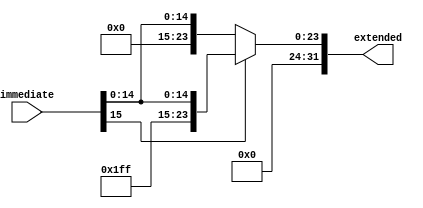
`timescale 1ns / 1ps
//////////////////////////////////////////////////////////////////////////////////
// Company: 
// Engineer: 
// 
// Design Name: 
// Module Name:    sign_extend 
// Project Name: 
// Target Devices: 
// Tool versions: 
// Description: 
//
// Dependencies: 
//
// Revision: 
// Revision 0.01 - File Created
// Additional Comments: 
//
//////////////////////////////////////////////////////////////////////////////////
module sign_extend16#(parameter WIDTH = 16)
	(input [WIDTH-1:0] immediate,
	 output [(WIDTH*2)-1:0] extended);

   //sign extend our 16 bit immediate to a 32 bit immediate 
	assign extended = (immediate[WIDTH-1]) ? {16'hff,immediate} : {16'h00,immediate}; 
	

	
																	

endmodule